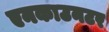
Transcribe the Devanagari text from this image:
एनकाउनटर